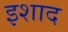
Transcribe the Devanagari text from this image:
इशाद